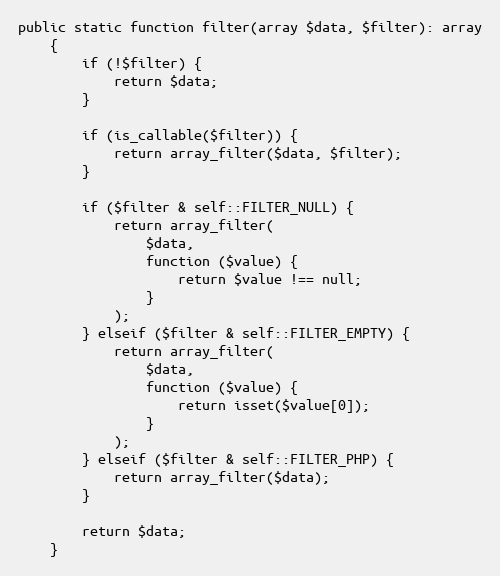
Language: PHP
public static function filter(array $data, $filter): array
    {
        if (!$filter) {
            return $data;
        }

        if (is_callable($filter)) {
            return array_filter($data, $filter);
        }

        if ($filter & self::FILTER_NULL) {
            return array_filter(
                $data,
                function ($value) {
                    return $value !== null;
                }
            );
        } elseif ($filter & self::FILTER_EMPTY) {
            return array_filter(
                $data,
                function ($value) {
                    return isset($value[0]);
                }
            );
        } elseif ($filter & self::FILTER_PHP) {
            return array_filter($data);
        }

        return $data;
    }